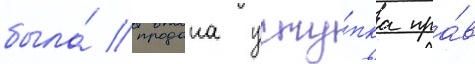
была́ продана усту́пка пра́в